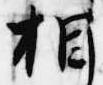
相